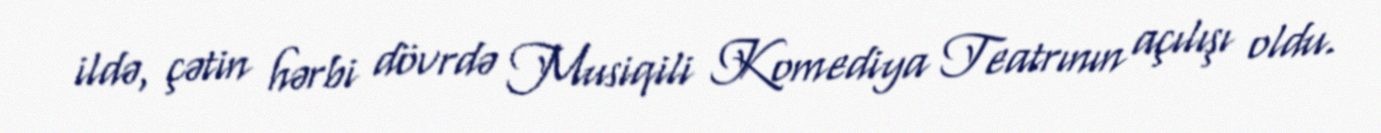
ildə, çətin hərbi dövrdə Musiqili Komediya Teatrının açılışı oldu.